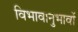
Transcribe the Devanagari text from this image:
विभावानुभावों